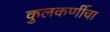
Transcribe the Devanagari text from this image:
कुलकर्णीचा